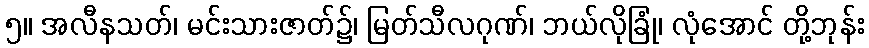
၅။ အလီနသတ်၊ မင်းသားဇာတ်၌၊ မြတ်သီလဂုဏ်၊ ဘယ်လိုခြုံ၊ လုံအောင် တို့ဘုန်း